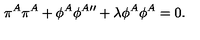
\pi ^ { A } \pi ^ { A } + \phi ^ { A } \phi ^ { A \prime \prime } + \lambda \phi ^ { A } \phi ^ { A } = 0 .